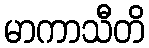
မာကာသီတိ